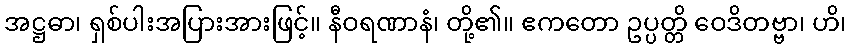
အဋ္ဌဓာ၊ ရှစ်ပါးအပြားအားဖြင့်။ နီဝရဏာနံ၊ တို့၏။ ဧကတော ဥပ္ပတ္တိ ဝေဒိတဗ္ဗာ၊ ဟိ၊